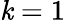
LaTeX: \mathit{k}=1